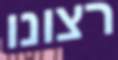
רצונו